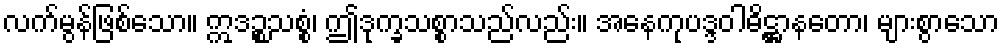
လက်မွန်ဖြစ်သော။ ဣဒဉ္စသစ္စံ၊ ဤဒုက္ခသစ္စာသည်လည်း။ အနေကုပဒ္ဒဝါဓိဋ္ဌာနတော၊ များစွာသော